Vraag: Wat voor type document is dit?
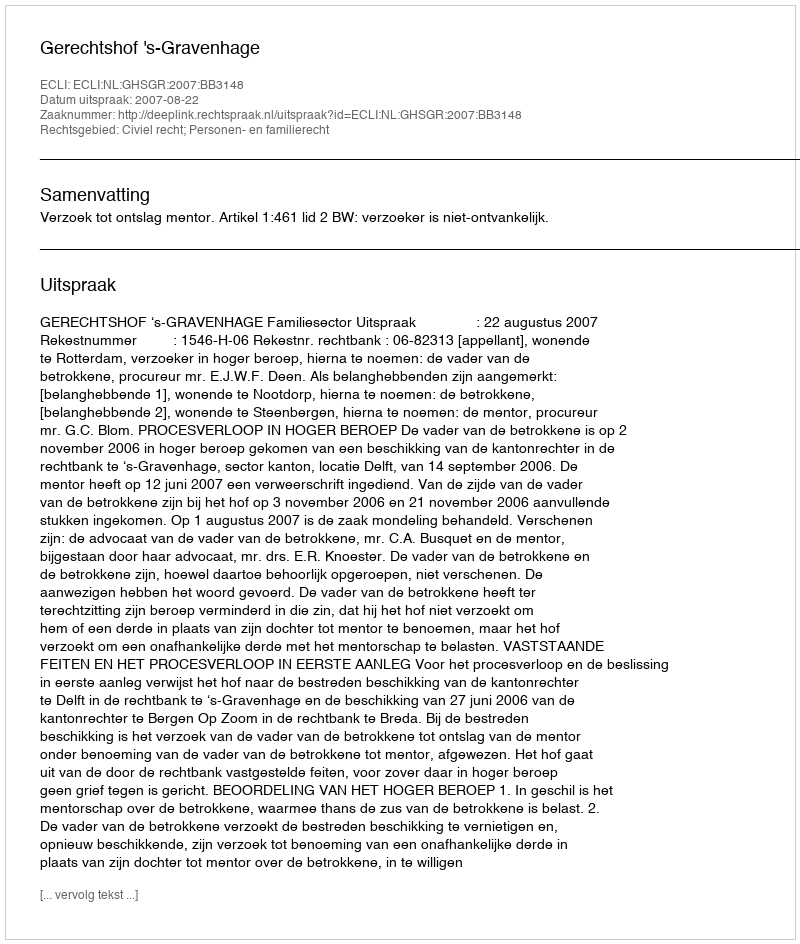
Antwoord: Uitspraak